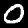
Label: 0